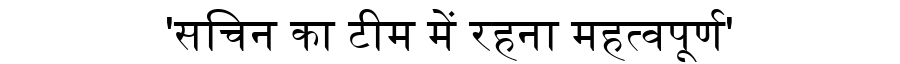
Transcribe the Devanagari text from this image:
'सचिन का टीम में रहना महत्वपूर्ण'